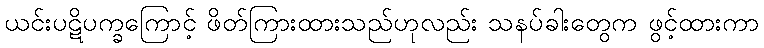
ယင်းပဋိပက္ခကြောင့် ဖိတ်ကြားထားသည်ဟုလည်း သနပ်ခါးတွေက ဖွင့်ထားကာ